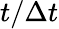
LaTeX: t/\Delta t